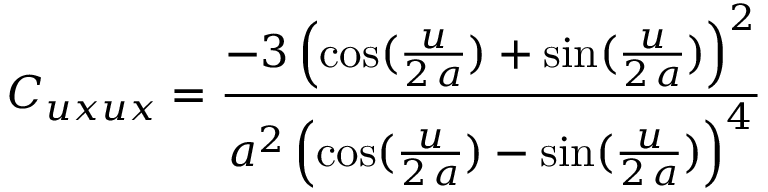
C _ { u x u x } = { \frac { - 3 \, { { \left( \cos ( { \frac { u } { 2 \, a } } ) + \sin ( { \frac { u } { 2 \, a } } ) \right) } ^ { 2 } } } { { a ^ { 2 } } \, { { \left( \cos ( { \frac { u } { 2 \, a } } ) - \sin ( { \frac { u } { 2 \, a } } ) \right) } ^ { 4 } } } }